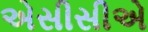
એસીસીએ